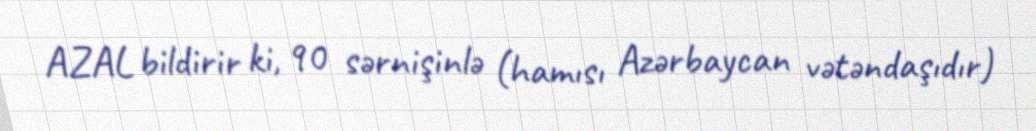
AZAL bildirir ki, 90 sərnişinlə (hamısı Azərbaycan vətəndaşıdır)